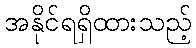
အနိုင်ရရှိထားသည့်